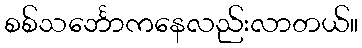
စစ်သင်္ဘောကနေလည်းလာတယ်။